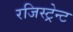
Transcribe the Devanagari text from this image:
रजिस्ट्रेन्ट